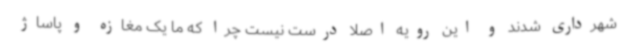
شهرداری شدند و این رویه اصلا درست نیست چرا که ما یک مغازه و پاساژ